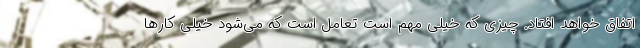
اتفاق خواهد افتاد. چیزی که خیلی مهم است تعامل است که می‌شود خیلی کارها